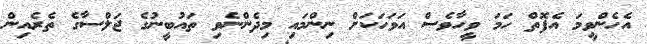
އެހެންވީމަ އެފޮތް ހަމަ ވީހާވެސް އަވަހަކަށް ނިންމައި މިދެންނެވި ތައުބީނުގެ ޖަލްސާގެ ތެރެއިން